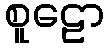
စူဠော